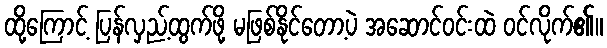
ထို့ကြောင့် ပြန်လှည့်ထွက်ဖို့ မဖြစ်နိုင်တော့ပဲ အဆောင်ဝင်းထဲ ဝင်လိုက်၏။